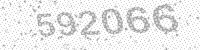
Solution: 592066